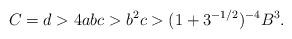
LaTeX: \begin{align*} C=d > 4abc > b^2c > (1+3^{-1/2})^{-4} B^3. \end{align*}